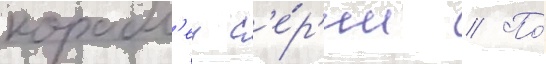
корабл'еи с'е́р'ии // По́